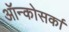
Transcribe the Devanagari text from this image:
ऑन्कोसर्का